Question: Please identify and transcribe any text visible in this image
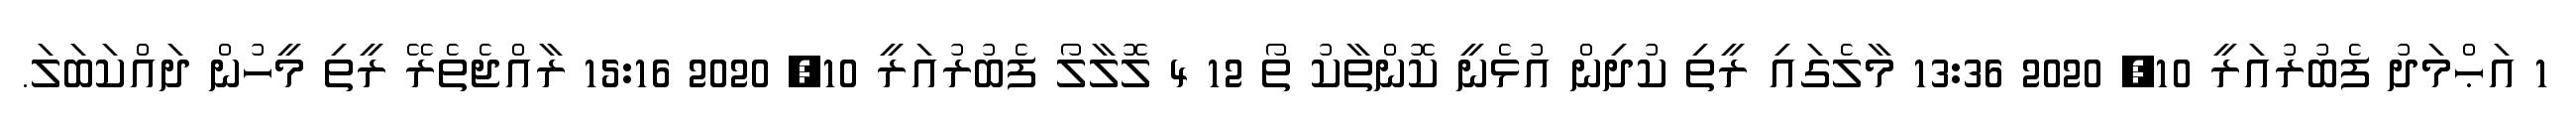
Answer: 1 އަޙްމަދު ފެބުރުއަރީ 10, 2020 13:36 މާލެގައި ރީތި ކުދިން އުޅެނީ ކޮންތާކު ތޯ 12 4 ލޮލާލޯ ފެބުރުއަރީ 10, 2020 15:16 ރާއްޖެތެރޭ ރީތި މީހުން ދައްކަބަލަ.